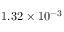
1 . 3 2 \times 1 0 ^ { - 3 }